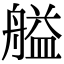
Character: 艗